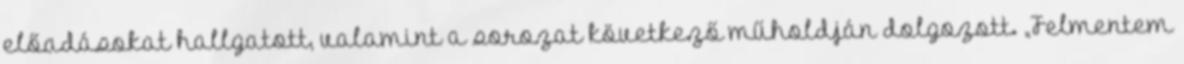
előadásokat hallgatott, valamint a sorozat következő műholdján dolgozott. „Felmentem